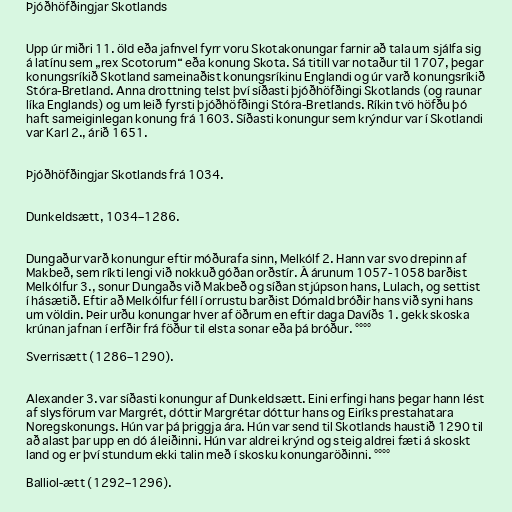
Þjóðhöfðingjar Skotlands

Upp úr miðri 11. öld eða jafnvel fyrr voru Skotakonungar farnir að tala um sjálfa sig
á latínu sem „rex Scotorum“ eða konung Skota. Sá titill var notaður til 1707, þegar
konungsríkið Skotland sameinaðist konungsríkinu Englandi og úr varð konungsríkið
Stóra-Bretland. Anna drottning telst því síðasti þjóðhöfðingi Skotlands (og raunar
líka Englands) og um leið fyrsti þjóðhöfðingi Stóra-Bretlands. Ríkin tvö höfðu þó
haft sameiginlegan konung frá 1603. Síðasti konungur sem krýndur var í Skotlandi
var Karl 2., árið 1651.

Þjóðhöfðingjar Skotlands frá 1034.

Dunkeldsætt, 1034–1286.

Dungaður varð konungur eftir móðurafa sinn, Melkólf 2. Hann var svo drepinn af
Makbeð, sem ríkti lengi við nokkuð góðan orðstír. Á árunum 1057-1058 barðist
Melkólfur 3., sonur Dungaðs við Makbeð og síðan stjúpson hans, Lulach, og settist
í hásætið. Eftir að Melkólfur féll í orrustu barðist Dómald bróðir hans við syni hans
um völdin. Þeir urðu konungar hver af öðrum en eftir daga Davíðs 1. gekk skoska
krúnan jafnan í erfðir frá föður til elsta sonar eða þá bróður. °°°°

Sverrisætt (1286–1290).

Alexander 3. var síðasti konungur af Dunkeldsætt. Eini erfingi hans þegar hann lést
af slysförum var Margrét, dóttir Margrétar dóttur hans og Eiríks prestahatara
Noregskonungs. Hún var þá þriggja ára. Hún var send til Skotlands haustið 1290 til
að alast þar upp en dó á leiðinni. Hún var aldrei krýnd og steig aldrei fæti á skoskt
land og er því stundum ekki talin með í skosku konungaröðinni. °°°°

Balliol-ætt (1292–1296).